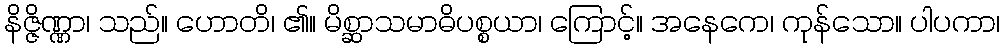
နိဇ္ဇိဏ္ဏာ၊ သည်။ ဟောတိ၊ ၏။ မိစ္ဆာသမာဓိပစ္စယာ၊ ကြောင့်။ အနေကေ၊ ကုန်သော။ ပါပကာ၊